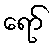
ရော်